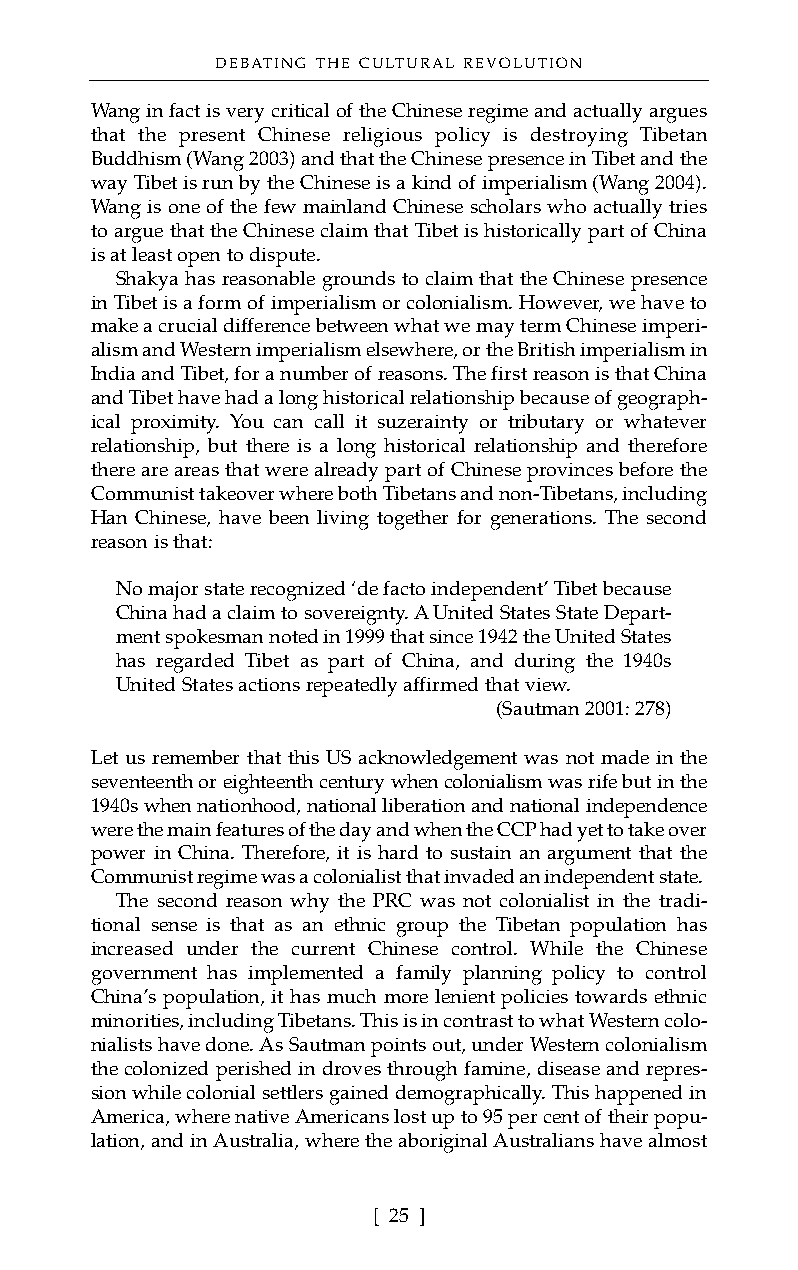
DEBATING THE CULTURAL REVOLUTION
 Wang in fact is very critical of the Chinese regime and actually argues
 that the present Chinese religious policy is destroying Tibetan
 Buddhism (Wang 2003) and that the Chinese presence in Tibet and the
 way Tibet is run by the Chinese is a kind of imperialism (Wang 2004).
 Wang is one of the few mainland Chinese scholars who actually tries
 to argue that the Chinese claim that Tibet is historically part of China
 is at least open to dispute.
 Shakya has reasonable grounds to claim that the Chinese presence
 in Tibet is a form of imperialism or colonialism. However, we have to
 make a crucial difference between what we may term Chinese imperi-
 alism and Western imperialism elsewhere, or the British imperialism in
 India and Tibet, for a number of reasons. The first reason is that China
 and Tibet have had a long historical relationship because of geograph-
 ical proximity. You can call it suzerainty or tributary or whatever
 relationship, but there is a long historical relationship and therefore
 there are areas that were already part of Chinese provinces before the
 Communist takeover where both Tibetans and non-Tibetans, including
 Han Chinese, have been living together for generations. The second
 reason is that:
 No major state recognized ‘de facto independent’ Tibet because
 China had a claim to sovereignty. A United States State Depart-
 ment spokesman noted in 1999 that since 1942 the United States
 has regarded Tibet as part of China, and during the 1940s
 United States actions repeatedly affirmed that view.
 (Sautman 2001: 278)
 Let us remember that this US acknowledgement was not made in the
 seventeenth or eighteenth century when colonialism was rife but in the
 1940s when nationhood, national liberation and national independence
 were the main features of the day and when the CCP had yet to take over
 power in China. Therefore, it is hard to sustain an argument that the
 Communist regime was a colonialist that invaded an independent state.
 The second reason why the PRC was not colonialist in the tradi-
 tional sense is that as an ethnic group the Tibetan population has
 increased under the current Chinese control. While the Chinese
 government has implemented a family planning policy to control
 China’s population, it has much more lenient policies towards ethnic
 minorities, including Tibetans. This is in contrast to what Western colo-
 nialists have done. As Sautman points out, under Western colonialism
 the colonized perished in droves through famine, disease and repres-
 sion while colonial settlers gained demographically. This happened in
 America, where native Americans lost up to 95 per cent of their popu-
 lation, and in Australia, where the aboriginal Australians have almost
 [ 25 ]